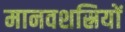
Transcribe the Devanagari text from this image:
मानवशस्रियों